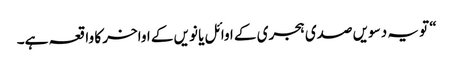
“ تو یہ دسویں صدی ہجری کے اوائل یا نویں کے اواخر کا واقعہ ہے۔